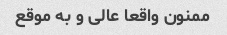
ممنون واقعا عالی و به موقع